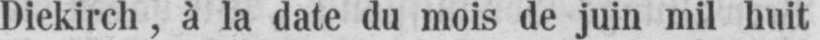
Diekirch, à la date du mois de juin mil huit